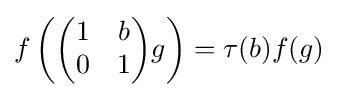
f\left({\begin{pmatrix}1&b\\0&1\end{pmatrix}}g\right)=\tau (b)f(g)